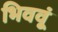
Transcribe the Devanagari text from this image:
भिववूं